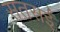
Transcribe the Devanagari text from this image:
सतसईं